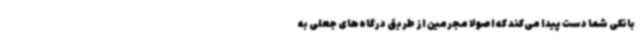
بانکی شما دست پیدا می‌کند که اصولا مجرمین از طریق درگاه‌های جعلی به